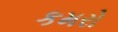
કમરો